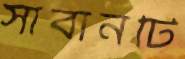
সাবানটি